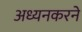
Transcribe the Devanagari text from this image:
अध्यनकरने